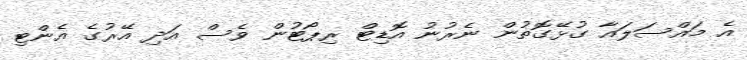
އެ މައްސަލައާ ގުޅޭގޮތުން ނެރުނު އޮޑިޓް ރިޕޯޓުން ވެސް އަދި އޭރުގެ އެންޓި